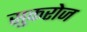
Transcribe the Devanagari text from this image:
सुकरोज